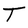
Character: T